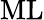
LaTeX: \mathrm{ML}